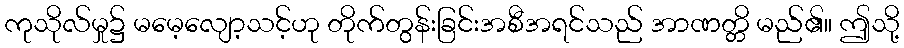
ကုသိုလ်မှု၌ မမေ့လျော့သင့်ဟု တိုက်တွန်းခြင်းအစီအရင်သည် အာဏတ္တိ မည်၏။ ဤသို့